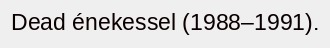
Dead énekessel (1988–1991).